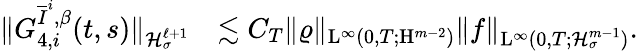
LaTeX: \begin{array}{rl}{\Vert G_{4,i}^{\overline{{I}}^{i},\beta}(t,s)\Vert_{\mathcal{H}_{\sigma}^{\ell+1}}}&{\lesssim C_{T}\Vert\varrho\Vert_{\mathrm{L}^{\infty}(0,T;\mathrm{H}^{m-2})}\Vert f\Vert_{\mathrm{L}^{\infty}(0,T;\mathcal{H}_{\sigma}^{m-1})}.}\end{array}